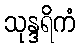
သုန္ဒရိကံ